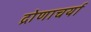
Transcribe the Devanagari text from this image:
द्रोणाचर्या